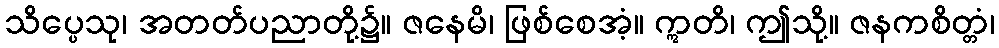
သိပ္ပေသု၊ အတတ်ပညာတို့၌။ ဇနေမိ၊ ဖြစ်စေအံ့။ ဣတိ၊ ဤသို့။ ဇနကစိတ္တံ၊